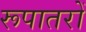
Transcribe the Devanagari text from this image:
रूपातरों